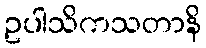
ဥပါသိကသတာနိ